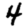
Digit: 4